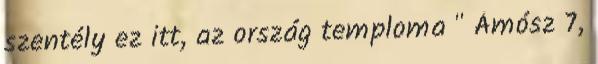
szentély ez itt, az ország temploma " Ámósz 7,